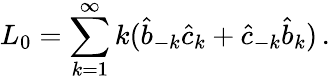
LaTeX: L_{0}=\sum_{k=1}^{\infty}k(\hat{b}_{-k}\hat{c}_{k}+\hat{c}_{-k}\hat{b}_{k})\, .